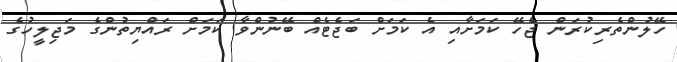
ހޭލުންތެރިކުރަން ޖެހޭ ކަމަށާއި އެ ކަމަށް ބަޖެޓެއް ބޭނުންވާ ކަމަށް ރައްޔިތުންގެ މަޖިލީހުގެ